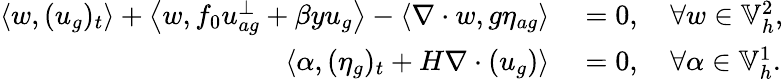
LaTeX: \begin{array}{rl}{\left\langle w,(u_{g})_{t}\right\rangle+\left\langle w,f_{0}u_{ag}^{\perp}+\beta yu_{g}\right\rangle-\left\langle\nabla\cdot w,g\eta_{ag}\right\rangle}&{{}=0,\quad\forall w\in\mathbb{V}_{h}^{2},}\\ {\left\langle\alpha,(\eta_{g})_{t}+H\nabla\cdot(u_{g})\right\rangle}&{{}=0,\quad\forall\alpha\in\mathbb{V}_{h}^{1}.}\end{array}